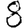
Digit: 8